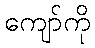
ကျော်ကို